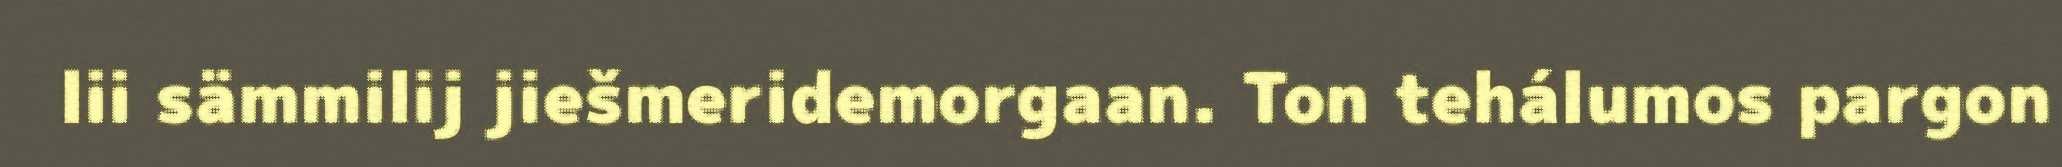
lii sämmilij jiešmeridemorgaan. Ton tehálumos pargon